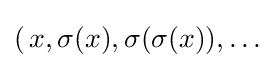
(\,x,\sigma (x),\sigma (\sigma (x)),\ldots